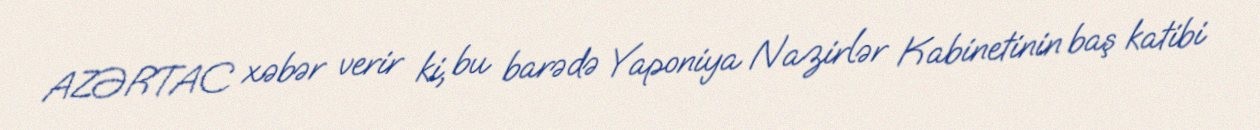
AZƏRTAC xəbər verir ki, bu barədə Yaponiya Nazirlər Kabinetinin baş katibi